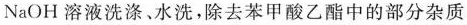
NaOH 溶液洗涤、水洗，除去苯甲酸乙酯中的部分杂质